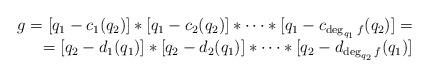
LaTeX: \begin{align*}\begin{array}{rr}g=[q_1-c_1(q_2)]*[q_1-c_2(q_2)]*\cdots*[q_1-c_{\deg_{q_1} f}(q_2)]=&\\=[q_2-d_1(q_1)]*[q_2-d_2(q_1)]*\cdots*[q_2-d_{\deg_{q_2} f}(q_1)]\end{array}\end{align*}